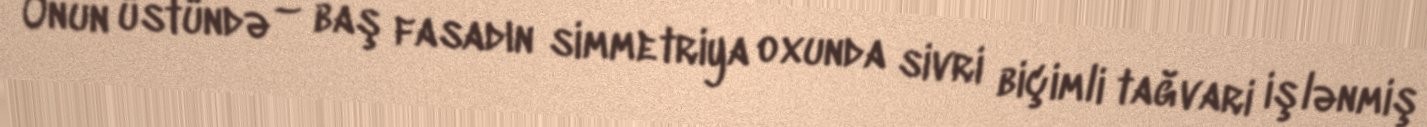
Onun üstündə – baş fasadın simmetriya oxunda sivri biçimli tağvari işlənmiş